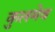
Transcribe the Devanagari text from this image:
कुलमेव